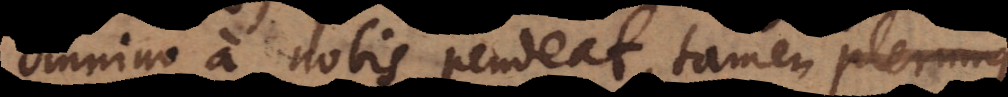
omnino a nobis pendeat, tamen plerumque